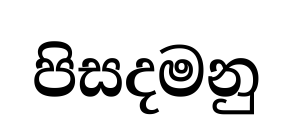
පිසදමනු